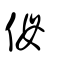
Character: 㑄